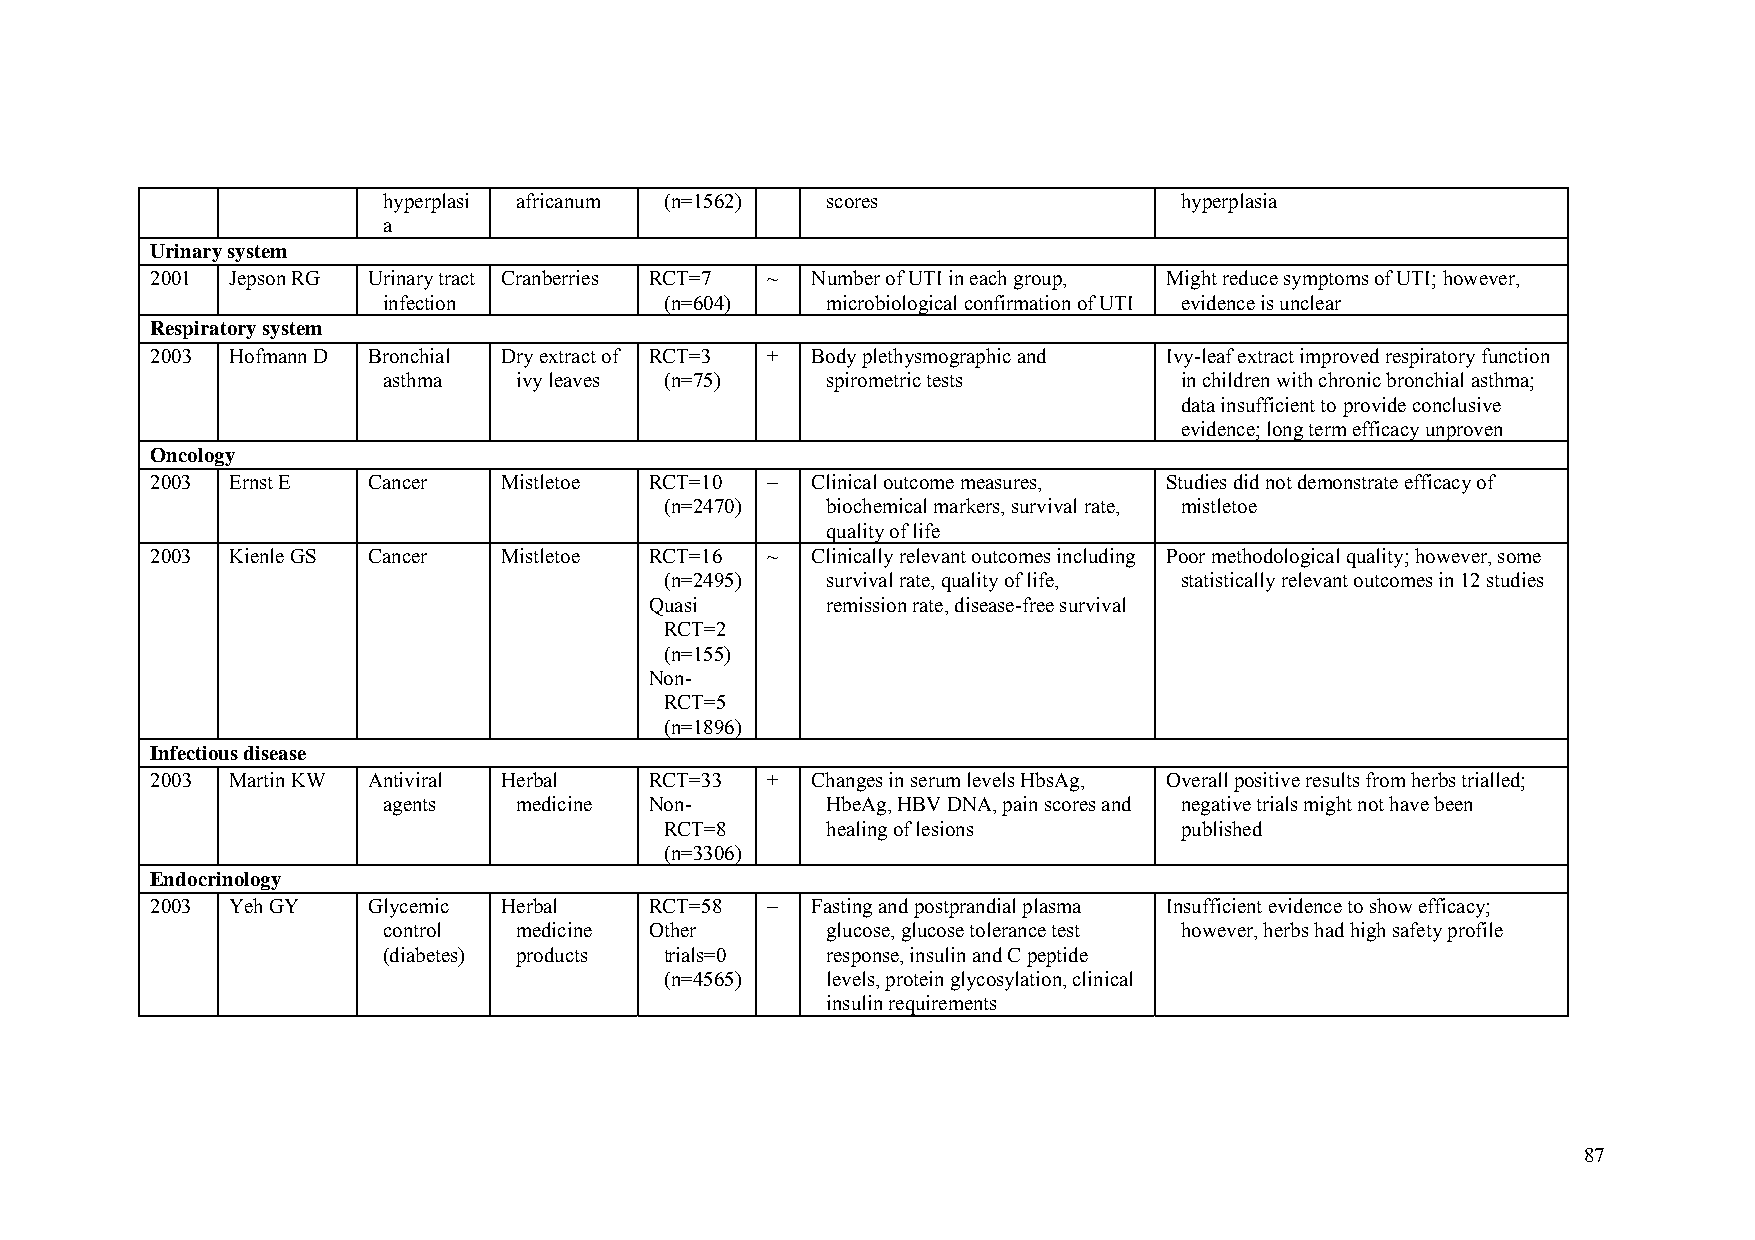
hyperplasi africanum (n=1562) scores                 hyperplasia
 a
 Urinary system
 2001 Jepson RG Urinary tract Cranberries RCT=7 ~ Number of UTI in each group, Might reduce symptoms of UTI; however,
 infection          (n=604)    microbiological confirmation of UTI evidence is unclear
 Respiratory system
 2003 Hofmann D Bronchial Dry extract of RCT=3 + Body plethysmographic and Ivy-leaf extract improved respiratory function
 asthma   ivy leaves (n=75)    spirometric tests      in children with chronic bronchial asthma;
 data insufficient to provide conclusive
 evidence; long term efficacy unproven
 Oncology
 2003 Ernst E  Cancer   Mistletoe RCT=10  –  Clinical outcome measures, Studies did not demonstrate efficacy of
 (n=2470)   biochemical markers, survival rate, mistletoe
 quality of life
 2003 Kienle GS Cancer  Mistletoe RCT=16  ~  Clinically relevant outcomes including Poor methodological quality; however, some
 (n=2495)   survival rate, quality of life, statistically relevant outcomes in 12 studies
 Quasi       remission rate, disease-free survival
 RCT=2
 (n=155)
 Non-
 RCT=5
 (n=1896)
 Infectious disease
 2003 Martin KW Antiviral Herbal  RCT=33  +  Changes in serum levels HbsAg, Overall positive results from herbs trialled;
 agents   medicine Non-        HbeAg, HBV DNA, pain scores and negative trials might not have been
 RCT=8      healing of lesions     published
 (n=3306)
 Endocrinology
 2003 Yeh GY   Glycemic Herbal    RCT=58  –  Fasting and postprandial plasma Insufficient evidence to show efficacy;
 control  medicine Other       glucose, glucose tolerance test however, herbs had high safety profile
 (diabetes) products trials=0  response, insulin and C peptide
 (n=4565)   levels, protein glycosylation, clinical
 insulin requirements
 87